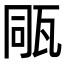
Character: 𤭁